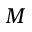
M